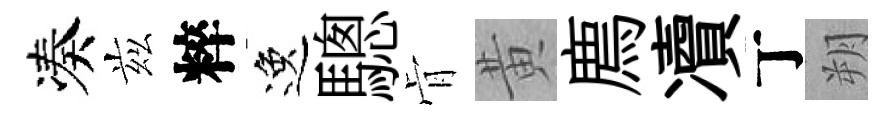
凑兹粹逸驄肻黄廌凟丁朔